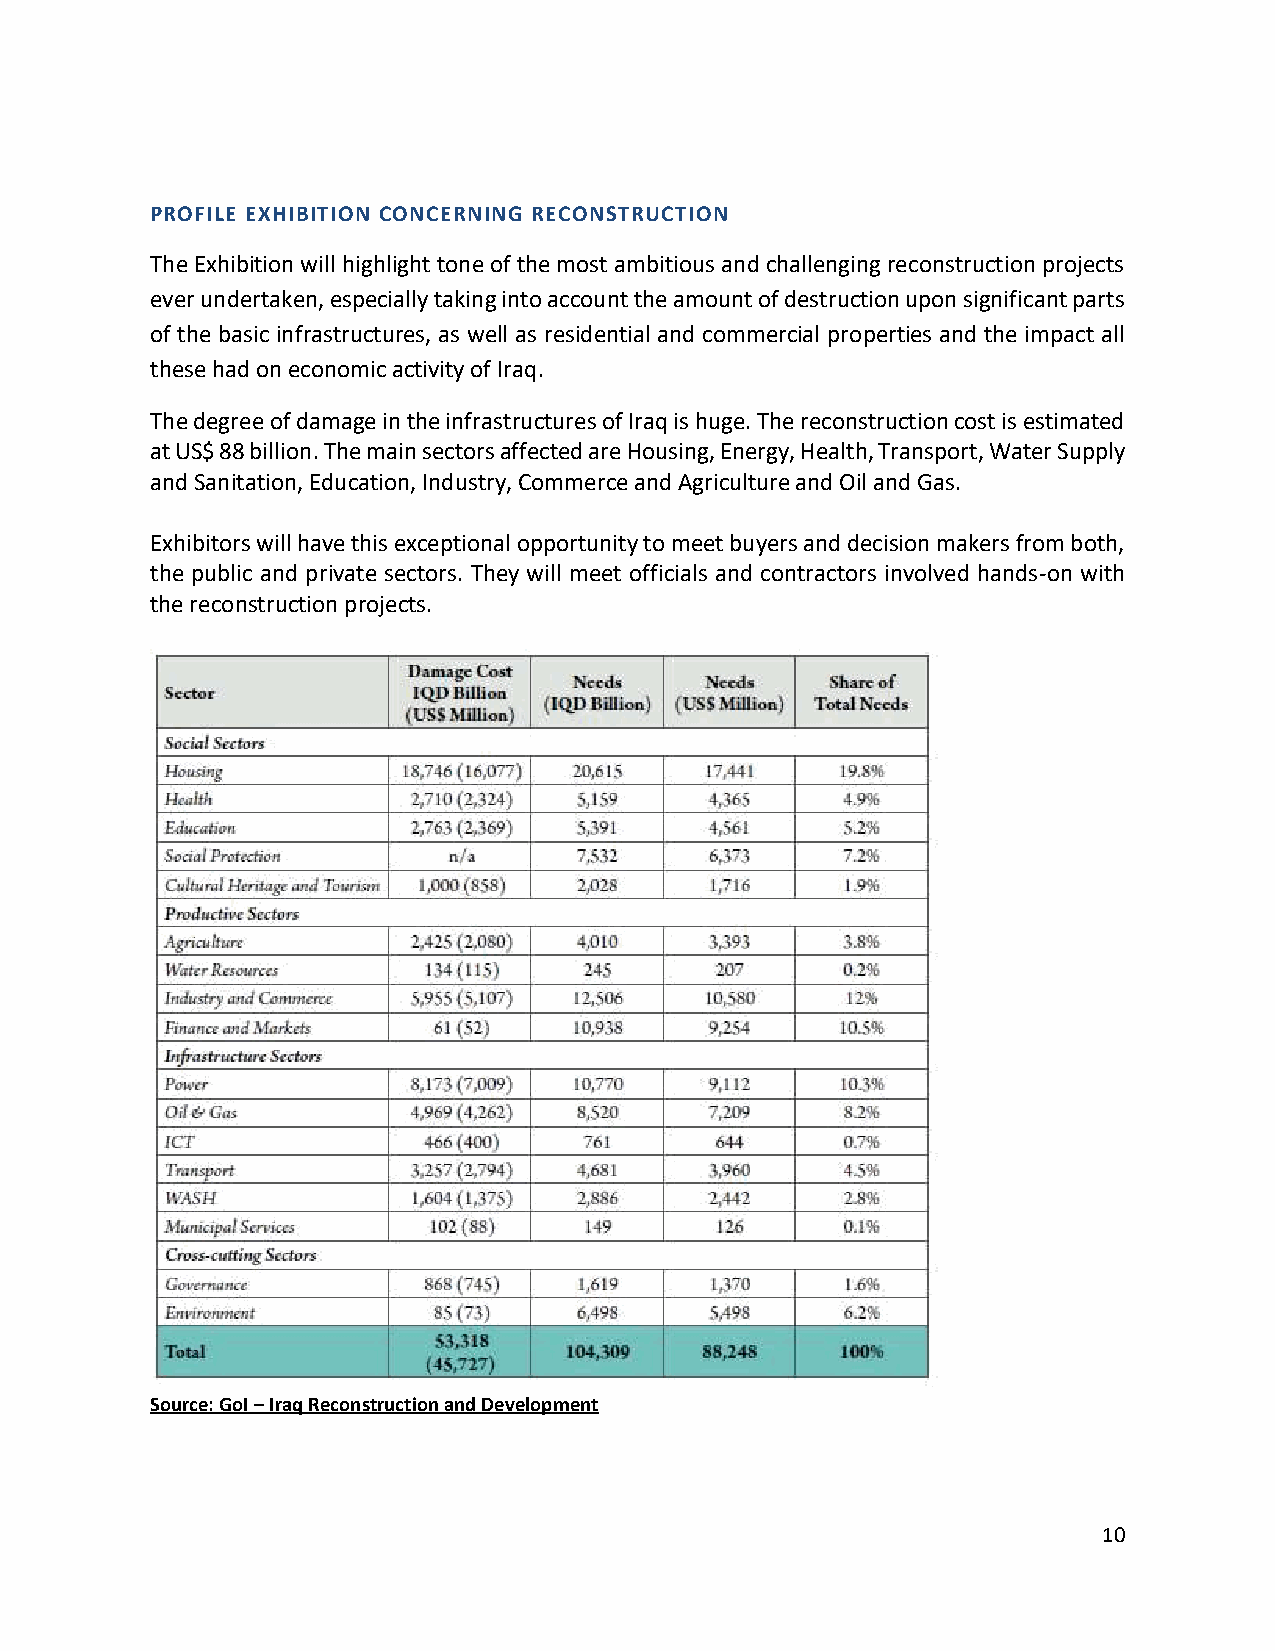
PROFILE EXHIBITION CONCERNING RECONSTRUCTION
 The Exhibition will highlight tone of the most ambitious and challenging reconstruction projects
 ever undertaken, especially taking into account the amount of destruction upon significant parts
 of the basic infrastructures, as well as residential and commercial properties and the impact all
 these had on economic activity of Iraq.
 The degree of damage in the infrastructures of Iraq is huge. The reconstruction cost is estimated
 at US$ 88 billion. The main sectors affected are Housing, Energy, Health, Transport, Water Supply
 and Sanitation, Education, Industry, Commerce and Agriculture and Oil and Gas.
 Exhibitors will have this exceptional opportunity to meet buyers and decision makers from both,
 the public and private sectors. They will meet officials and contractors involved hands-on with
 the reconstruction projects.
 Source: GoI – Iraq Reconstruction and Development
 10